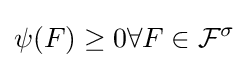
\psi (F)\geq 0\forall F\in {\mathcal {F}}^{\sigma }